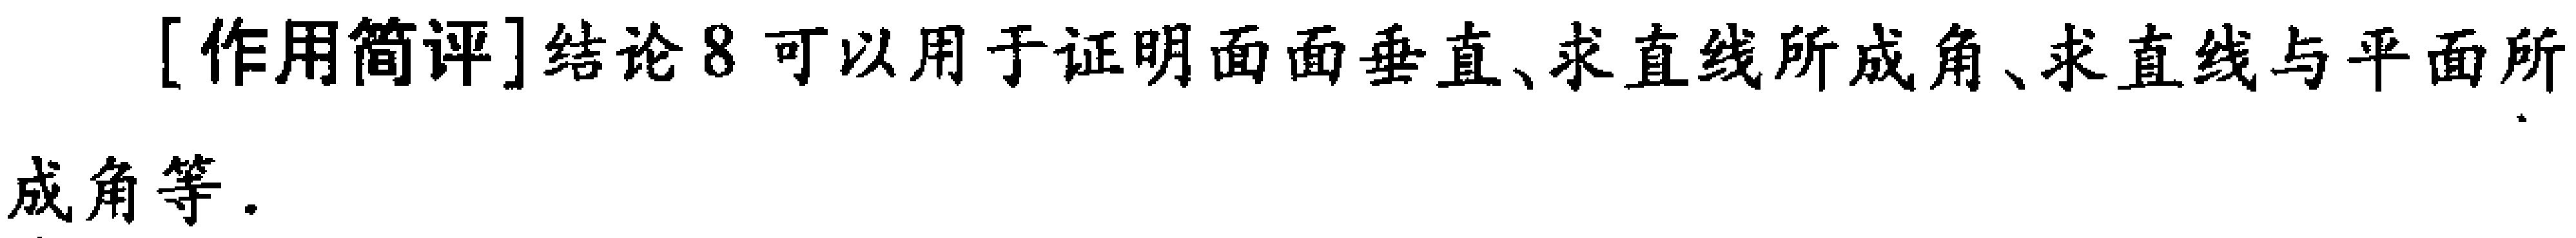
[作用简评]结论8可以用于证明面面垂直、求直线所成角、求直线与平面所成角等.